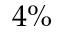
4 \%